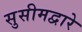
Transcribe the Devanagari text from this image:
सुसीमद्वारे